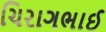
ચિરાગભાઈ